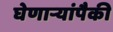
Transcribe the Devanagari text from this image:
घेणाऱ्यांपैकी